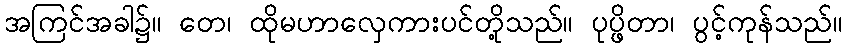
အကြင်အခါ၌။ တေ၊ ထိုမဟာလှေကားပင်တို့သည်။ ပုပ္ဖိတာ၊ ပွင့်ကုန်သည်။